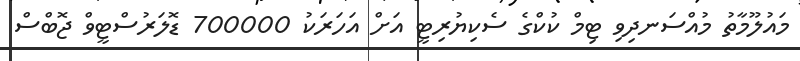
މައުލޫމާތު މުއްސަނދިވި ޓިމް ކުކްގެ ސެކިޔުރިޓީ އަށް އަހަރަކު 700000 ޑޮލަރުސްޓީވް ޖޮބްސް